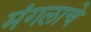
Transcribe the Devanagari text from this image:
मंगलाचे